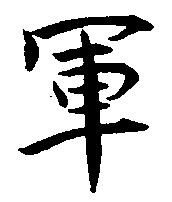
軍